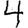
Digit: 4